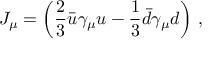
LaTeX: J _ { \mu } = \left( \frac 2 { 3 } \bar { u } \gamma _ { \mu } u - \frac 1 { 3 } \bar { d } \gamma _ { \mu } d \right) \, ,